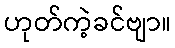
ဟုတ်ကဲ့ခင်ဗျာ။